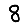
Digit: 8